Annual report of the Imperial Bacteriological Laboratory, Muktesar
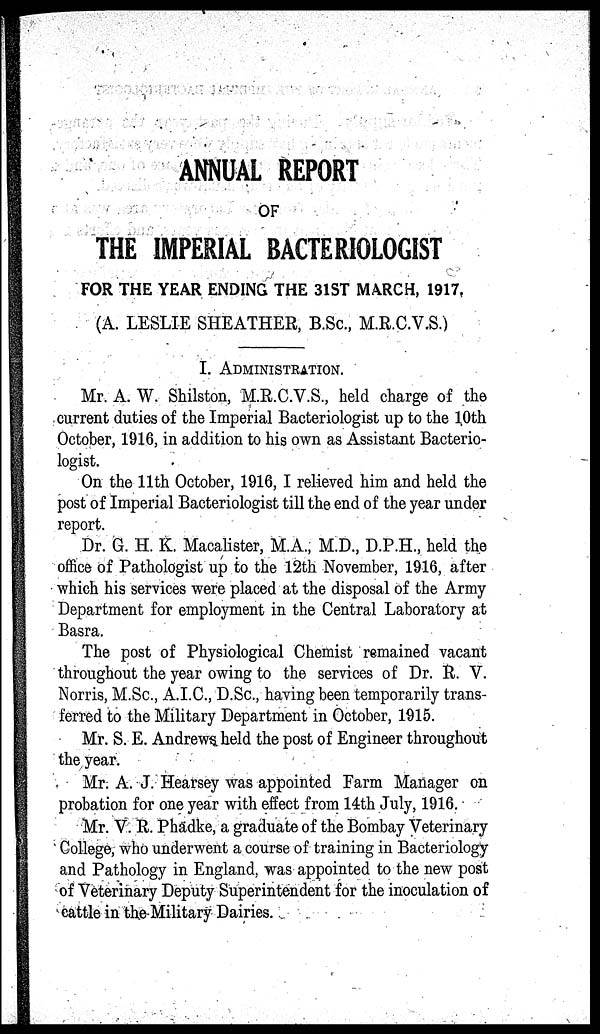
ANNUAL REPORT
OF
THE IMPERIAL BACTERIOLOGIST
FOR THE YEAR ENDING THE 31ST MARCH, 1917.
(A. LESLIE SHEATHER, B.Sc., M.R.C.V.S.)
I. ADMINISTRATION.
Mr. A. W. Shilston, M.R.C.V.S., held charge of the
current duties of the Imperial Bacteriologist up to the 10th
October, 1916, in addition to his own as Assistant Bacterio-
logist.
On the 11th October, 1916,I relieved him and held the
post of Imperial Bacteriologist till the end of the year under
report.
Dr. G. H. K. Macalister, M.A., M.D., D.P.H., held the
office of Pathologist up to the 12th November, 1916, after
which his services were placed at the disposal of the Army
Department for employment in the Central Laboratory at
Basra.
The post of Physiological Chemist remained vacant
throughout the year owing to the services of Dr. R. V.
Norris, M.Sc., A.I.C., D.Sc., having been temporarily trans-
ferred to the Military Department in October, 1915.
Mr. S. E. Andrews held the post of Engineer throughout
the year.
Mr. A. J. Hearsey was appointed Farm Manager on
probation for one year with effect from 14th July, 1916.
Mr. V. R. Phadke, a graduate of the Bombay Veterinary
College, who underwent a course of training in Bacteriology
and Pathology in England, was appointed to the new post
of Veterinary Deputy Superintendent for the inoculation of
cattle in the Military Dairies.